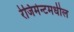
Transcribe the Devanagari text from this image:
रेजिमेन्टमधील